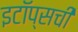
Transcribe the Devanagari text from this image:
इटॉप्सची